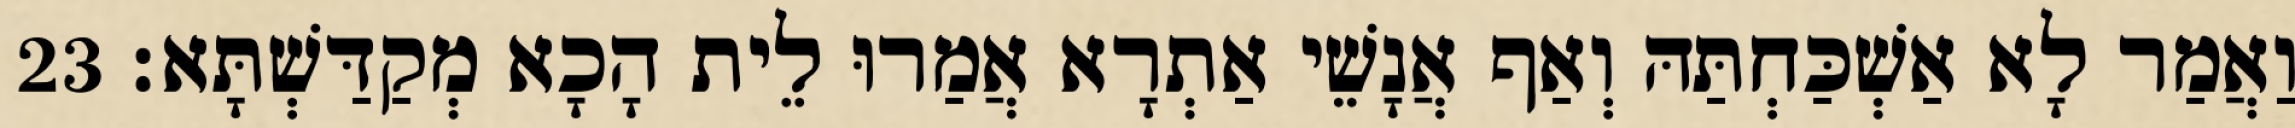
וַאֲמַר לָא אַשְׁכַּחְתַּהּ וְאַף אֲנָשֵׁי אַתְרָא אֲמַרוּ לֵית הָכָא מְקַדַּשְׁתָּא׃ 23